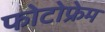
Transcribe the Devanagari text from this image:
फोटोफ्रेम